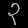
Digit: ၃